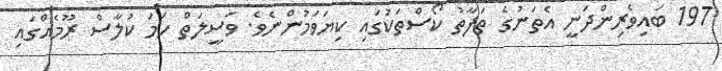
197 ބައިވެރިންދަނީ އެތަނުގެ ތަފާތު ކޯސްތަކުގައި ކިޔަވަމުންނެވެ. ވަސީލަތް ހަމަ ކުލާސް ރޫމެއްގައި